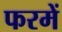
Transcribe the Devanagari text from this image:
फरमें